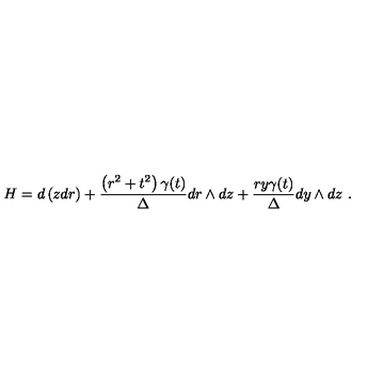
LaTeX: H = d \left( z d r \right) + \frac { \left( r ^ { 2 } + t ^ { 2 } \right) \gamma ( t ) } { \Delta } d r \wedge d z + \frac { r y \gamma ( t ) } { \Delta } d y \wedge d z \ .